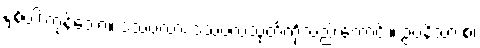
နှစ်ပါးကုန်သော။ ဒသဗလာ၊ ဒသဗလသုတ်တို့လည်းကောင်း။ ဥပနိသာ စ၊